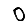
Digit: 0